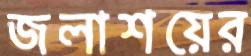
জলাশয়ের